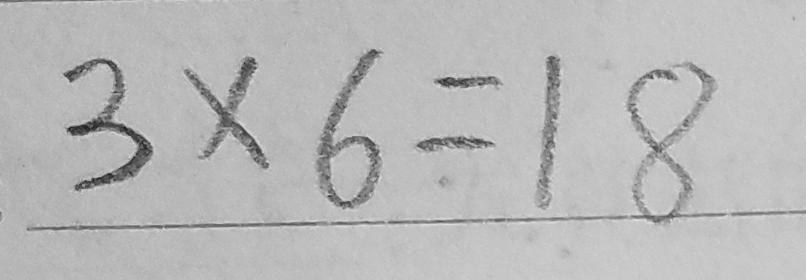
3 \times 6 = 1 8